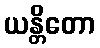
ယန္တိတော